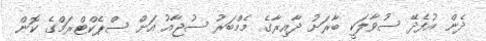
ދެން އުފެދޭ ސުވާލަކީ ބާރަށު ދާއިރާގެ މެމްބަރު ސުޖާއު އަށް ސްޕެކްޓްރަމްގެ ކޮން